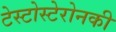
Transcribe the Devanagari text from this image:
टेस्टोस्टेरोनकी